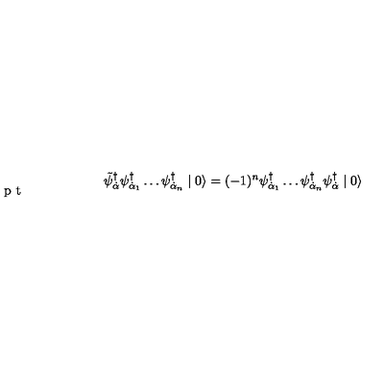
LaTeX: \tilde { \psi } _ { \dot { \alpha } } ^ { \dagger } \psi _ { \dot { \alpha } _ { 1 } } ^ { \dagger } \ldots \psi _ { \dot { \alpha } _ { n } } ^ { \dagger } \mid 0 \rangle = ( - 1 ) ^ { n } \psi _ { \dot { \alpha } _ { 1 } } ^ { \dagger } \ldots \psi _ { \dot { \alpha } _ { n } } ^ { \dagger } \psi _ { \dot { \alpha } } ^ { \dagger } \mid 0 \rangle \vspace { - 3 p t }